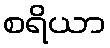
စရိယာ